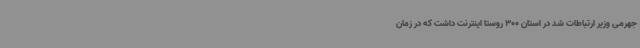
جهرمی وزیر ارتباطات شد در استان 300 روستا اینترنت داشت که در زمان